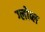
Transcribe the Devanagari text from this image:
ग्लोब्ल